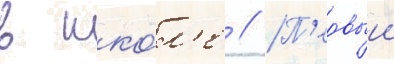
в шко́л'е // П'ервыи